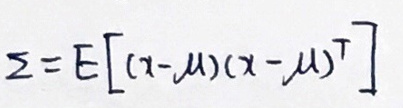
\[
\Sigma = E\left[(x - \mu)(x - \mu)^T\right]
\]